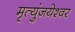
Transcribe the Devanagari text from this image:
मृत्युंजयेश्वर